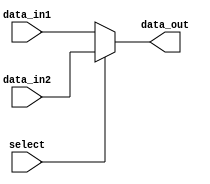
`timescale 1ns / 1ps
//////////////////////////////////////////////////////////////////////////////////
//
// 
// Design Name: 
// Module Name: Mux
// Project Name: MIPS CPU
// Target Devices: Nexys 4 DDR
// 
//////////////////////////////////////////////////////////////////////////////////


module Mux #(
        parameter DATA_WIDTH = 32
    )(
        input [DATA_WIDTH - 1:0] data_in1,
        input [DATA_WIDTH - 1:0] data_in2,
        input select,
        output [DATA_WIDTH - 1:0] data_out
    );
    assign data_out = (select == 0 ? data_in1 : data_in2);
endmodule